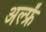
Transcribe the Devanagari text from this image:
अल्फ्रें